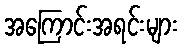
အကြောင်းအရင်းများ